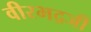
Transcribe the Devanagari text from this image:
वीरभद्रजी